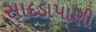
સાદડાપાણી